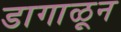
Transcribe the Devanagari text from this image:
डागाळून